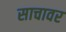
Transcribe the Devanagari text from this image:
साचावर